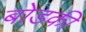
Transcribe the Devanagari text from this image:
बोडकी